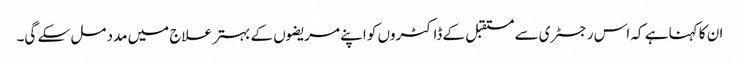
ان کا کہنا ہے کہ اس رجسٹری سے مستقبل کے ڈاکٹروں کو اپنے مریضوں کے بہتر علاج میں مدد مل سکے گی۔